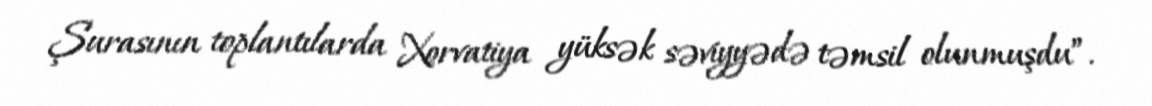
Şurasının toplantılarda Xorvatiya yüksək səviyyədə təmsil olunmuşdu”.